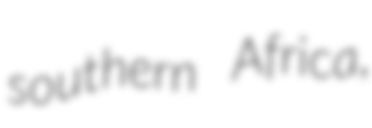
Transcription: southern Africa,